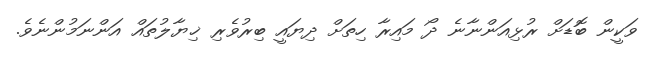
ވަކީން ބޮޑަށް ރުޅިއަންނާނެ ދޯ މައިރާ ހިތަށް ދިޔައީ ބިރުވެރި ޚިޔާލުތައް އަންނަމުންނެވެ.